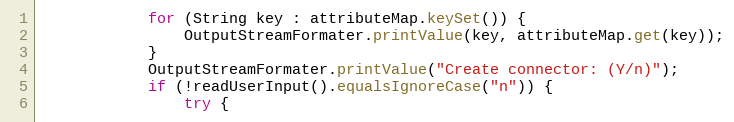
Language: Java
            for (String key : attributeMap.keySet()) {
                OutputStreamFormater.printValue(key, attributeMap.get(key));
            }
            OutputStreamFormater.printValue("Create connector: (Y/n)");
            if (!readUserInput().equalsIgnoreCase("n")) {
                try {